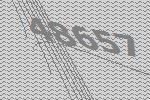
48657